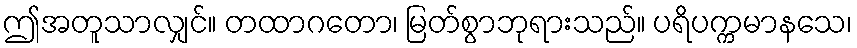
ဤအတူသာလျှင်။ တထာဂတော၊ မြတ်စွာဘုရားသည်။ ပရိပက္ကမာနသေ၊